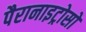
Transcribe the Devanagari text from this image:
पैरानाइट्रोसो